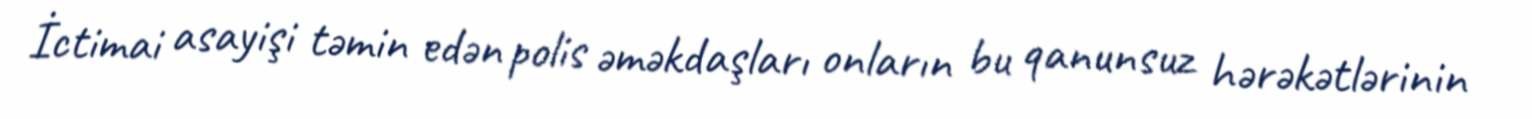
İctimai asayişi təmin edən polis əməkdaşları onların bu qanunsuz hərəkətlərinin